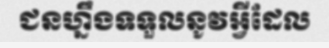
ជនហ្នឹងទទួលនូវអ្វីដែល